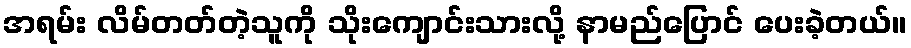
အရမ်း လိမ်တတ်တဲ့သူကို သိုးကျောင်းသားလို့ နာမည်ပြောင် ပေးခဲ့တယ်။